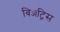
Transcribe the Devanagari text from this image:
बिॲट्रिस